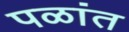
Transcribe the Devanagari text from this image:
पळांत